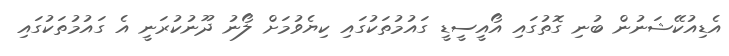
އެޑިއުކޭޝަނުން ބުނި ގޮތުގައި އޯއީސީޑީ ގައުމުތަކުގައި ކިޔެވުމަށް ލޯނު ދޫނުކުރަނީ އެ ގައުމުތަކުގައި